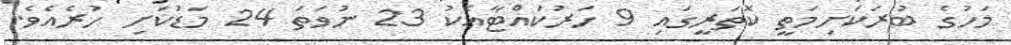
މަހުގެ ބުރަކަށިމަތީ ކޮތަރީގައި 9 ހަރުކައްޓާއެކު 23 ނުވަތަ 24 މަޑުކަށި ހުރެއެވެ.